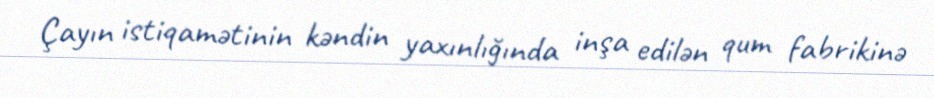
Çayın istiqamətinin kəndin yaxınlığında inşa edilən qum fabrikinə